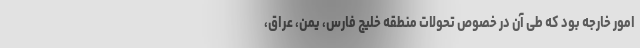
امور خارجه بود که طی آن در خصوص تحولات منطقه خلیج فارس، یمن، عراق،